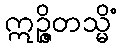
ဣဉ္ဇိတသ္မိံ